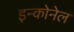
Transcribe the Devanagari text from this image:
इन्कोनेल